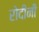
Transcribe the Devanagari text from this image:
रोदीनी